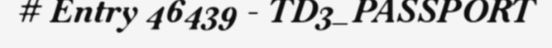
# Entry 46439 - TD3_PASSPORT